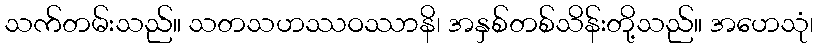
သက်တမ်းသည်။ သတသဟဿဝဿာနိ၊ အနှစ်တစ်သိန်းတို့သည်။ အဟေသုံ၊